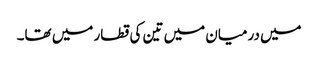
میں درمیان میں تین کی قطار میں تھا۔